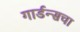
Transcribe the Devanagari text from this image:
गार्डन्सचा